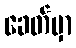
ခေတ်မှာ